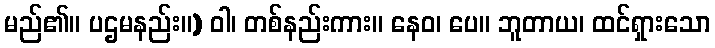
မည်၏။ ပဌမနည်း။) ဝါ၊ တစ်နည်းကား။ နေဝ၊ ပေ။ ဘူတာယ၊ ထင်ရှားသော